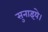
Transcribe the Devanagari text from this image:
सुनाइये।